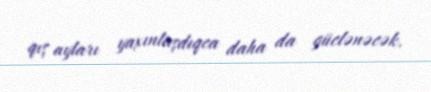
qış ayları yaxınlaşdıqca daha da güclənəcək.